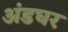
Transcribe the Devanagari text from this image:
अंडघर